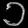
Digit: ၁